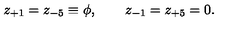
z _ { + 1 } = z _ { - 5 } \equiv \phi , \qquad z _ { - 1 } = z _ { + 5 } = 0 .